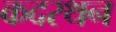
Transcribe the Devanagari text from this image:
कदरथन